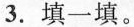
3.填一填。